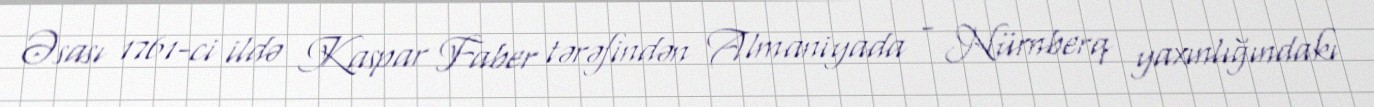
Əsası 1761-ci ildə Kaspar Faber tərəfindən Almaniyada - Nürnberq yaxınlığındakı